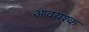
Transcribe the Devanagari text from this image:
आवयश्क